Lunatic asylums Punjab 1881-1894 - 1881-1894
Year: 1881
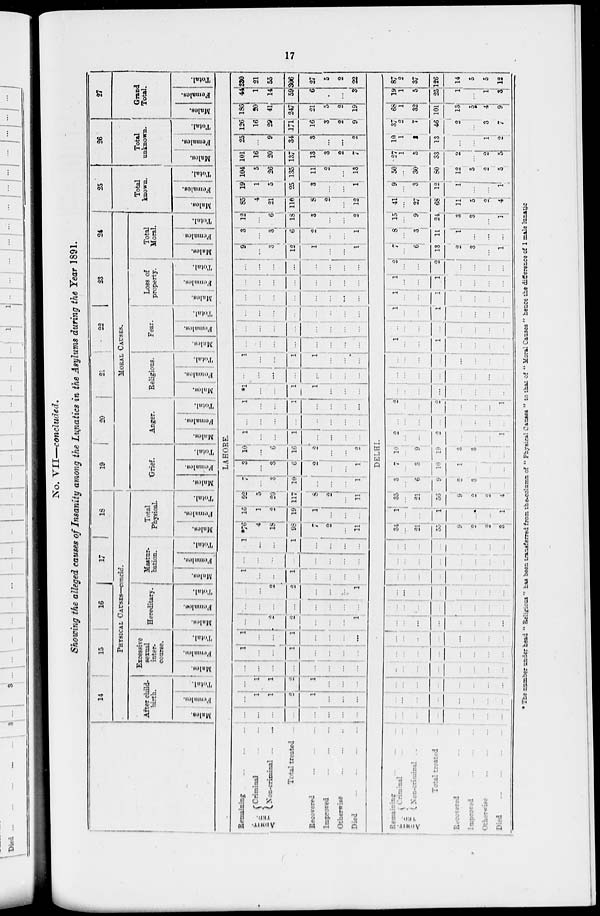
17
No. VII—concluded.
Showing the alleged causes of Insanity among the Lunatics in the Asylums during the Year 1891.
14
15
16
17
18
PHYSICAL CAUSESE—concld.
After child-
birth.
Males.
Females.
Total.
Excessive
sexual
inter-
course.
Males.
Females.
Total.
Hereditary.
Males.
Females.
Total.
Mastur-
bation.
Males.
Females.
Total.
Total
Physical.
Males.
Females.
Total.
19
20
21
22
23
24
MORAL CAUSES.
Grief.
Males.
Females.
Total.
Anger.
Males.
Females.
Total.
Religious.
Males.
Females.
Total.
Fear.
Males.
Females.
Total.
Loss of
property.
Males.
Females.
Total.
Total
Moral.
Males.
Females.
Total.
25
Total
known.
Males.
Females.
Total.
26
Total
unknown.
Males.
Females.
Total.
27
Grand
Total.
Males.
Females.
Total.
LAHORE.
Remaining ... ... ...
ADMIT-
TED.
Criminal ... ...
Non-criminal ... ...
Total treated ...
Recovered ... ... ...
Improved ... ... ...
Otherwise
...
...
...
Died
...
...
...
...
...
...
...
...
...
...
...
...
...
1
1
2
1
...
...
...
...
1
1
2
1
...
...
...
...
...
...
...
...
...
...
...
1
...
...
1
...
...
...
...
1
...
...
1
...
...
...
...
...
...
2
2
...
...
...
1
...
...
...
...
...
...
...
...
...
...
2
2
...
...
...
1
1
...
...
1
...
...
...
...
...
...
...
...
...
...
...
...
1
...
...
1
...
...
...
...
*76
4
18
98
7
2
...
11
16
1
2
19
1
...
...
...
92
5
20
117
8
2
...
11
7
...
3
10
...
...
...
1
3
...
3
6
2
...
...
1
10
...
6
16
2
...
...
2
1
...
...
1
...
...
...
...
...
...
...
...
...
...
...
...
1
...
...
1
...
...
...
...
*1
...
...
1
1
...
...
...
...
...
...
...
...
...
...
...
1
...
...
1
1
...
...
...
...
...
...
...
...
...
...
...
...
...
...
...
...
...
...
...
...
...
...
...
...
...
...
...
...
...
...
...
...
...
...
...
...
...
...
...
...
...
...
...
...
...
...
...
...
...
...
...
9
...
3
12
1
...
...
1
3
...
3
6
2
...
...
1
12
...
6
18
3
...
...
2
85
4
21
110
8
2
...
12
19
1
5
25
3
...
...
1
104
5
26
135
11
2
...
13
101
16
20
137
13
3
2
7
25
...
9
34
3
...
...
2
126
16
29
171
16
3
2
9
186
20
41
247
21
5
2
19
44
1
14
59
6
...
...
3
230
21
55
306
27
5
2
22
DELHI.
Remaining ... ... ...
ADMIT-
TED.
Criminal ... ... ...
Non-criminal ... ... ...
Total treated ...
Recovered ... ... ...
Improved ... ... ...
Otherwise ... ... ...
Died ... ... ...
...
...
...
...
...
...
...
...
...
...
...
...
...
...
...
...
...
...
...
...
...
...
...
...
...
...
...
...
...
...
...
...
...
...
...
...
...
...
...
...
...
...
...
...
...
...
...
...
...
...
...
...
...
...
...
...
...
...
...
...
...
...
...
...
...
...
...
...
...
...
...
...
...
...
...
...
...
...
...
...
...
...
...
...
...
...
...
...
...
...
...
...
...
...
...
...
34
...
21
55
9
2
2
3
1
...
...
1
...
...
...
1
35
...
21
56
9
2
2
4
3
...
6
9
2
3
...
...
7
...
3
10
1
...
...
...
10
...
9
19
3
3
...
...
2
...
...
2
...
...
...
1
...
...
...
...
...
...
...
...
2
...
...
2
...
...
...
1
...
...
...
...
...
...
...
...
...
...
...
...
...
...
...
...
...
...
...
...
...
...
...
...
1
...
...
1
...
...
...
...
...
...
...
...
...
...
...
...
1
...
...
1
...
...
...
...
1
...
...
1
...
...
...
...
1
...
...
1
...
...
...
...
2
...
...
2
...
...
...
...
7
...
6
13
2
3
...
1
8
...
3
11
1
...
...
...
15
...
9
24
3
3
...
1
41
...
27
68
11
5
2
4
9
...
3
12
1
...
...
1
50
...
30
80
12
5
2
5
27
1
5
33
2
...
2
5
10
1
2
13
...
...
1
2
37
2
7
46
2
...
3
7
68
1
32
101
13
5
4
9
19
1
5
25
1
...
1
3
87
2
37
126
14
5
5
12